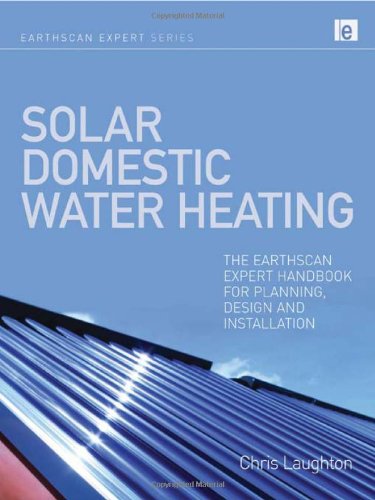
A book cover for Solar Domestic Water Heating: The Earthscan Expert Handbook for Planning, Design and Installation; Chris Laughton; Business & Money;